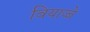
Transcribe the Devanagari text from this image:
वियाज्जे